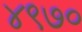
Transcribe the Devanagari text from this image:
४९७०